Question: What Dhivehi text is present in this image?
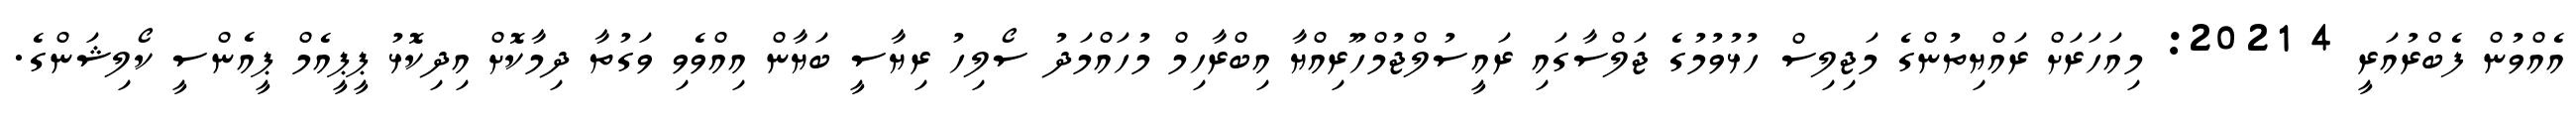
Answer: އެއްވުން ފެބްރުއަރީ 4 2021: މިއަހަރަށް ރައްޔިތުންގެ މަޖިލިސް ހުޅުވުމުގެ ޖަލްސާގައި ރައީސުލްޖުމްހޫރިއްޔާ އިބްރާހިމް މުހައްމަދު ސޯލިހު ރިޔާސީ ބަޔާން އިއްވެވި ވަގުތާ ދިމާކޮށް އިދިކޮޅު ޕީޕީއެމް ޕީއެންސީ ކޯލިޝަންގެ.